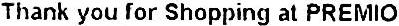
THANK YOU FOR SHOPPING AT PREMIO